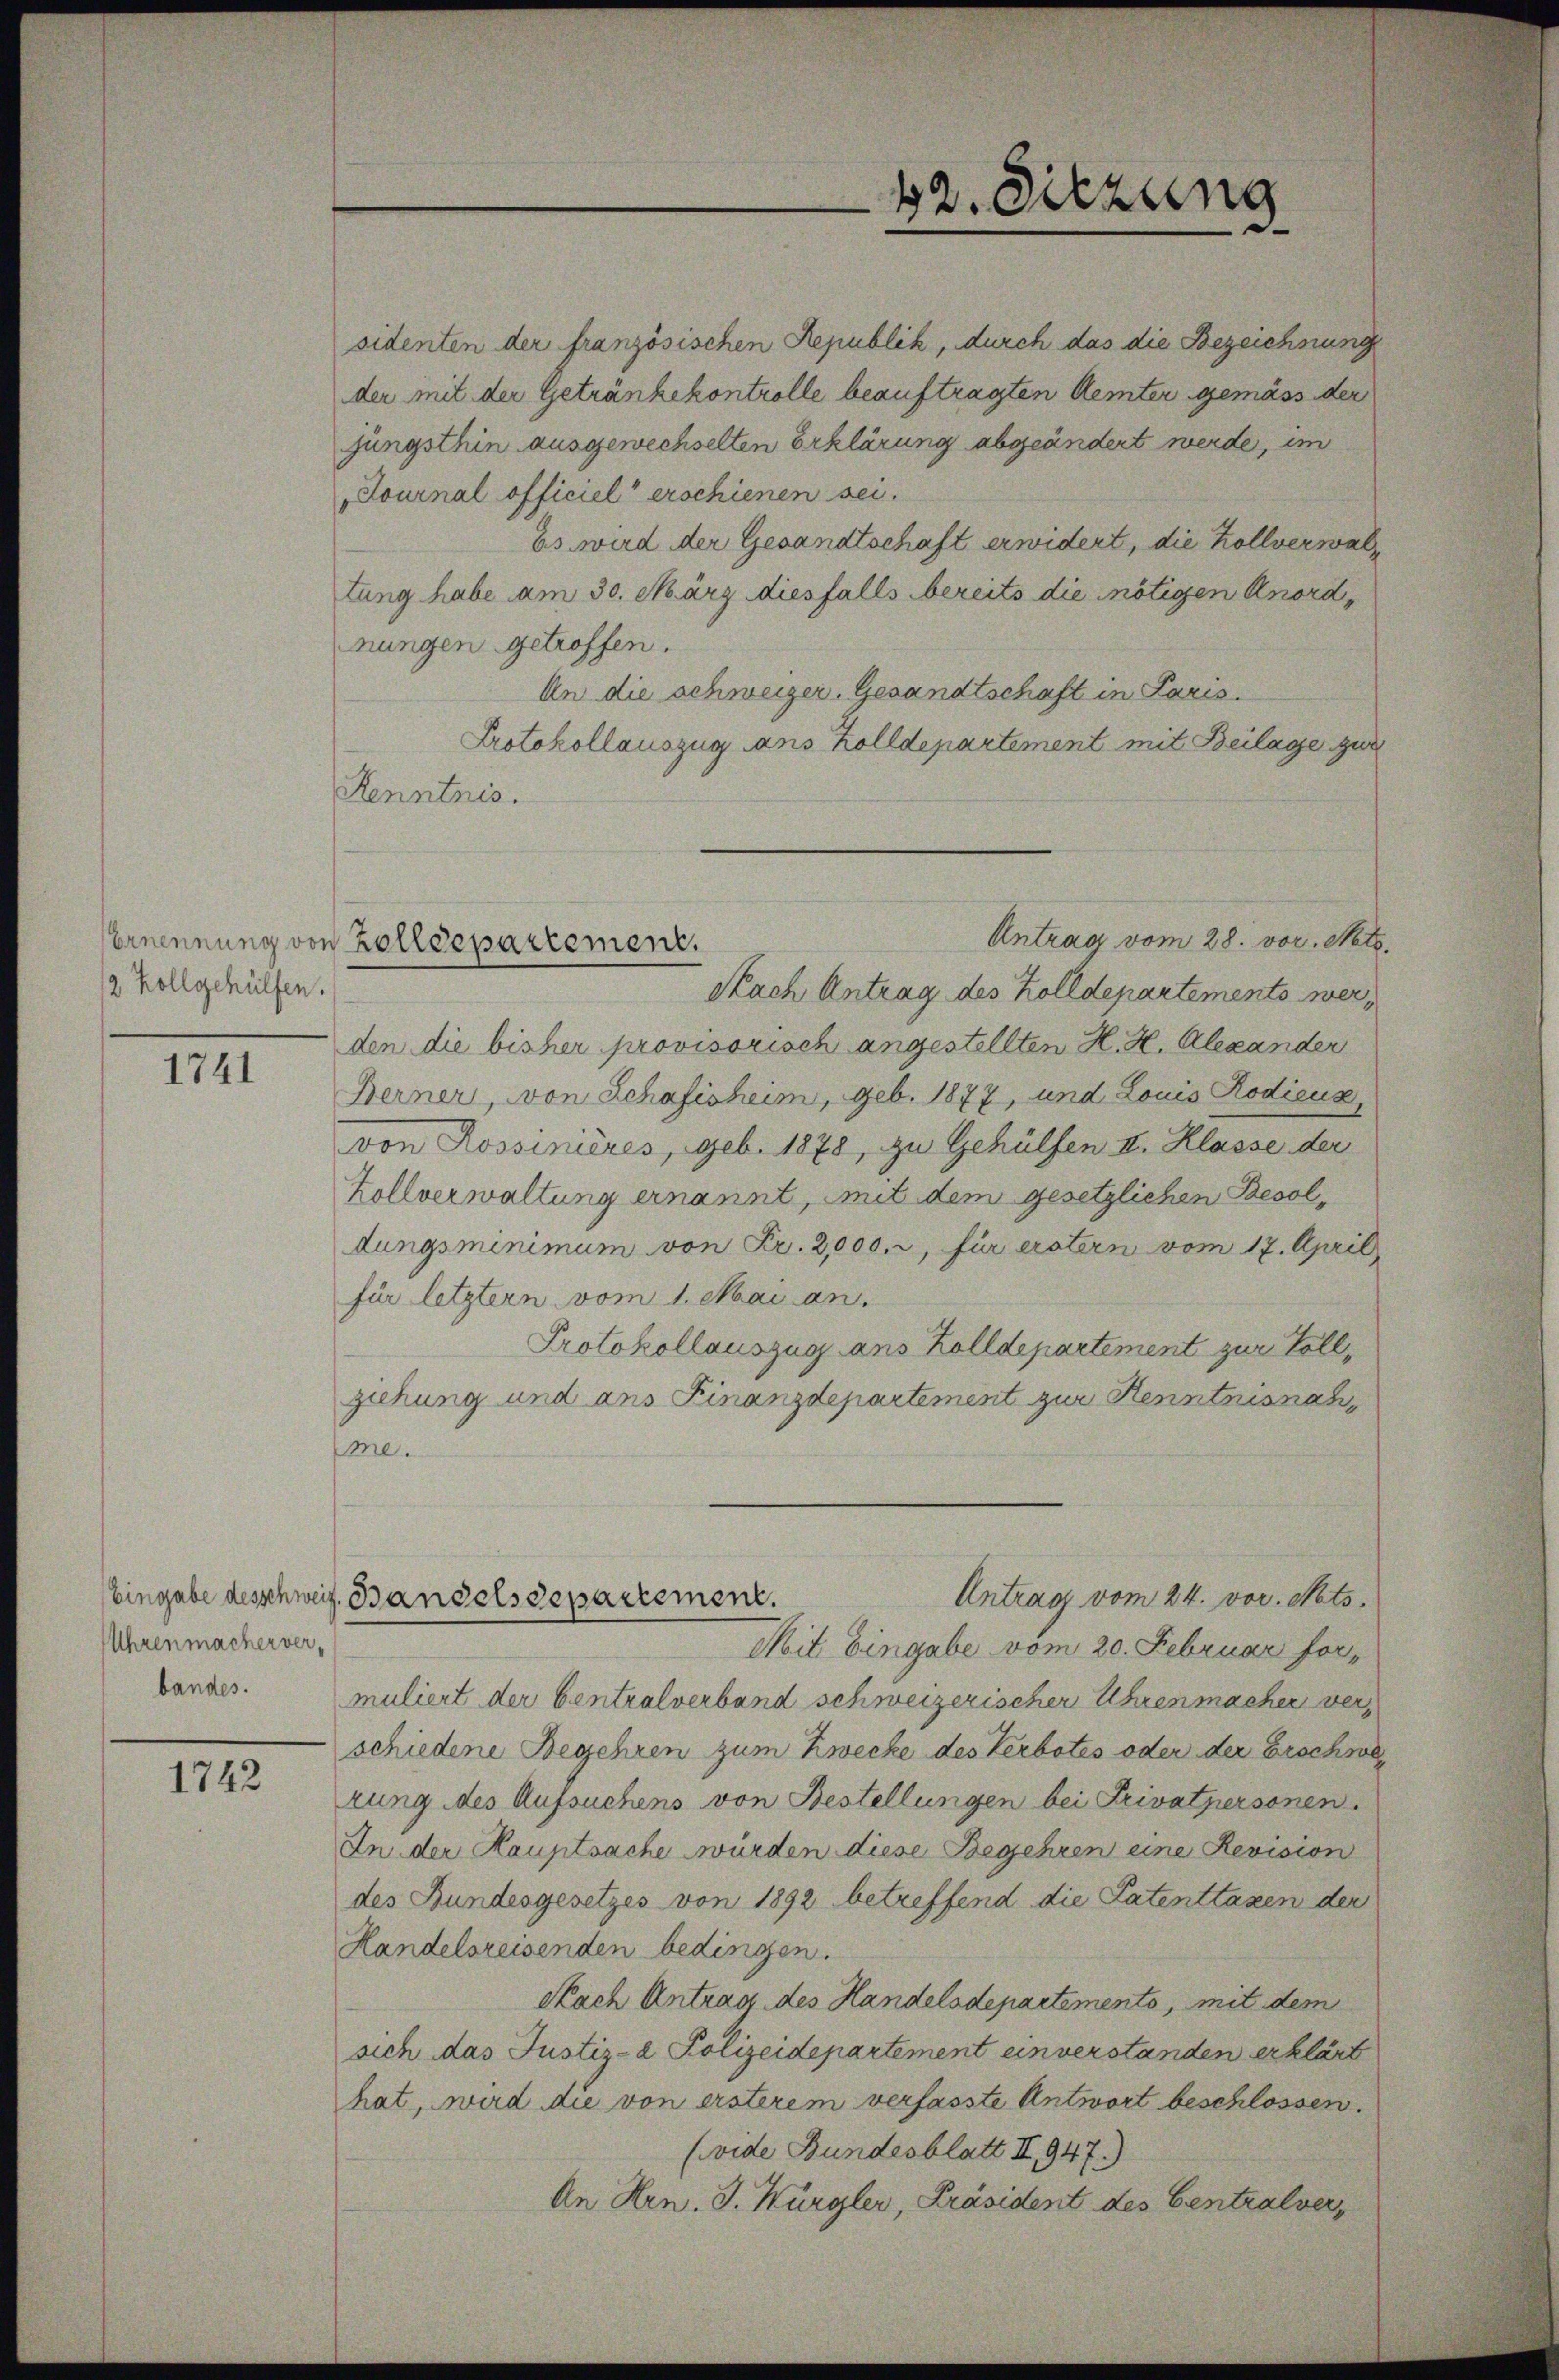
12 Zollgehülfen.

1741

Uhrenmacher verbandes.

1742

An die schweizer. Gesandtschaft in Paris.
Protokollauszug aus Zolldepartement mit Beilage zur
Kenntnis.
Antrag vom 28. vor. Mts.
Nach Antrag des Zolldepartements werden die bisher provisorisch angestellten H. H. Alexander
Berner, von Schafisheim, geb. 1877, und Louis Rodiens
von Rossinières, geb. 1878, zu Gehülfen II. Klasse der
Zollverwaltung ernannt, mit dem gesetzlichen Besoldungsminimum von Fr. 2,000. r, für erstern vom 17. April
für letztern vom 1. Mai an.
Protokollauszug ans Zolldepartement zur Vollziehung und ans Finanzdepartement zur Kenntnisnah
me.
Antrag vom 24. vor. Mts.
Eingabe desschweiz. Bandelsdepartement.
Mit Eingabe vom 20. Februar formuliert der Centralverband schweizerischer Uhrenmacher verschiedene Begehren zum Zwecke des Verbotes oder der Erschwerung des Aufsuchens von Bestellungen bei Privatpersonen.
In der Hauptsache wurden diese Begehren eine Revision
des Bundesgesetzes von 1892 betreffend die Patenttaxen der
Handelsreisenden bedingen.
Nach Antrag des Handelsdepartemento, mit dem
sich das Justiz-a Polizeidepartement einverstanden erklärt
hat, wird die von ersterem verfasste Antwort beschlossen.
(vide Bundesblatt II 947.)
An Hrn. J. Kurgler, Präsident des Centralver,

sidenten der französischen Republik, durch das die Bezeichnung
der mit der Getränkekontrolle beauftragten Aemter gemäss der
jüngsthin ausgewechselten Erklärung abgeändert werde, im
Journal officiel erschienen sei.
Es wird der Gesandtschaft erwidert, die Zollverwaltung habe am 30. März diesfalls bereits die nötigen Anordnungen getroffen.

Ernennung von Zolldepartement.

42. Sitzung
d